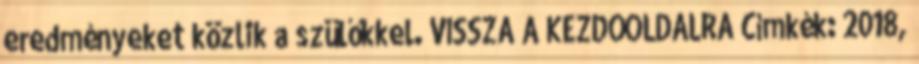
eredményeket közlik a szülőkkel. VISSZA A KEZDŐOLDALRA Címkék: 2018,